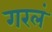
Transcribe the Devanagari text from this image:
गरलं